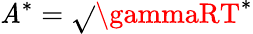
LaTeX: \mathit{A}^{*}={\sqrt{}{{\gammaRT^{*}}}}